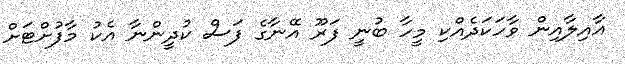
އާއިލާއިން ވާހަކަދެއްކި މީހާ ބުނީ ފަރޫ އޭނާގެ ފަސް ކުދީންނާ އެކު މާފުށްޓަށް